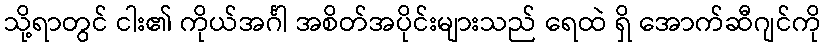
သို့ရာတွင် ငါး၏ ကိုယ်အင်္ဂါ အစိတ်အပိုင်းများသည် ရေထဲ ရှိ အောက်ဆီဂျင်ကို